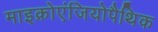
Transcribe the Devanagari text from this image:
माइक्रोएंजियोपैथिक